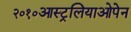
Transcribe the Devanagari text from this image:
२०१०आस्ट्रलियाओपेन